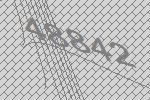
48842